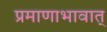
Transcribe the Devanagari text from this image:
प्रमाणाभावात्